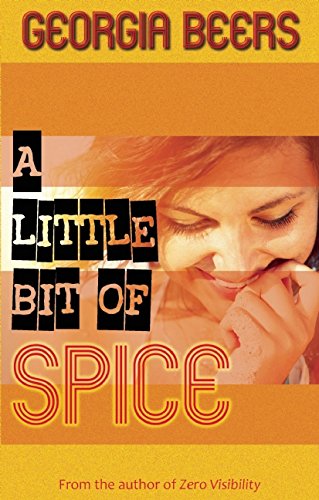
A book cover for A Little Bit of Spice; Georgia Beers; Romance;